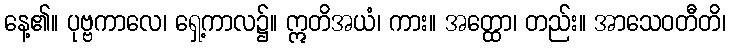
နေ့၏။ ပုဗ္ဗကာလေ၊ ရှေ့ကာလ၌။ ဣတိအယံ၊ ကား။ အတ္ထော၊ တည်း။ အာသေဝတီတိ၊